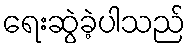
ရေးဆွဲခဲ့ပါသည်